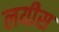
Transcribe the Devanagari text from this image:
लयीस